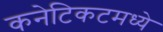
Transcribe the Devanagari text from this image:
कनेटिकटमध्ये